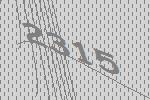
2315